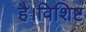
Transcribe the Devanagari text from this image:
है।विशिष्ट